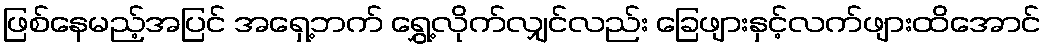
ဖြစ်နေမည့်အပြင် အရှေ့ဘက် ရွှေ့လိုက်လျှင်လည်း ခြေဖျားနှင့်လက်ဖျားထိအောင်